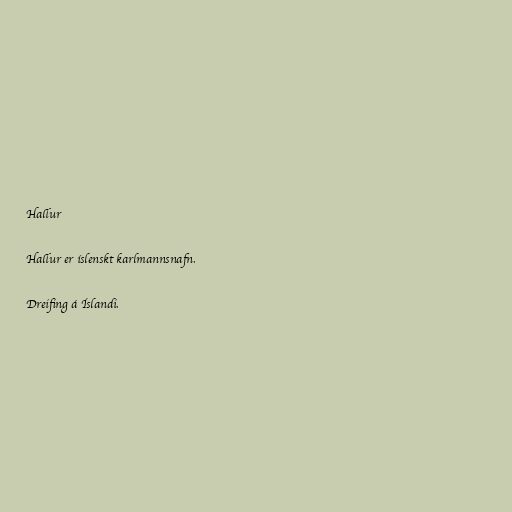
Hallur

Hallur er íslenskt karlmannsnafn.

Dreifing á Íslandi.